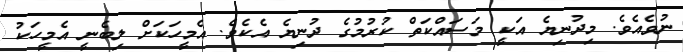
ނުވެއެވެ. މިދުނިޔެ އަކީ މަސައްކަތް ކުރުމުގެ ދުނިޔެ އެކެވެ. އެމީހަކަށް ލިބެނީ އެމީހަކު